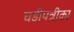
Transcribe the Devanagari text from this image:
घडीपत्रीका